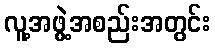
လူ့အဖွဲ့အစည်းအတွင်း